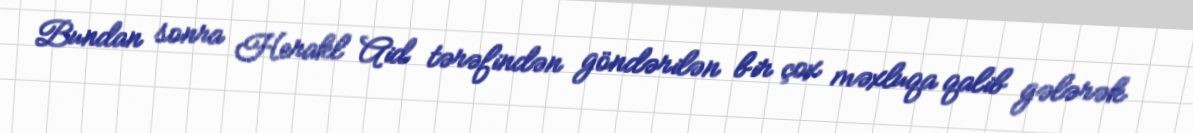
Bundan sonra Herakl Aid tərəfindən göndərilən bir çox məxluqa qalib gələrək